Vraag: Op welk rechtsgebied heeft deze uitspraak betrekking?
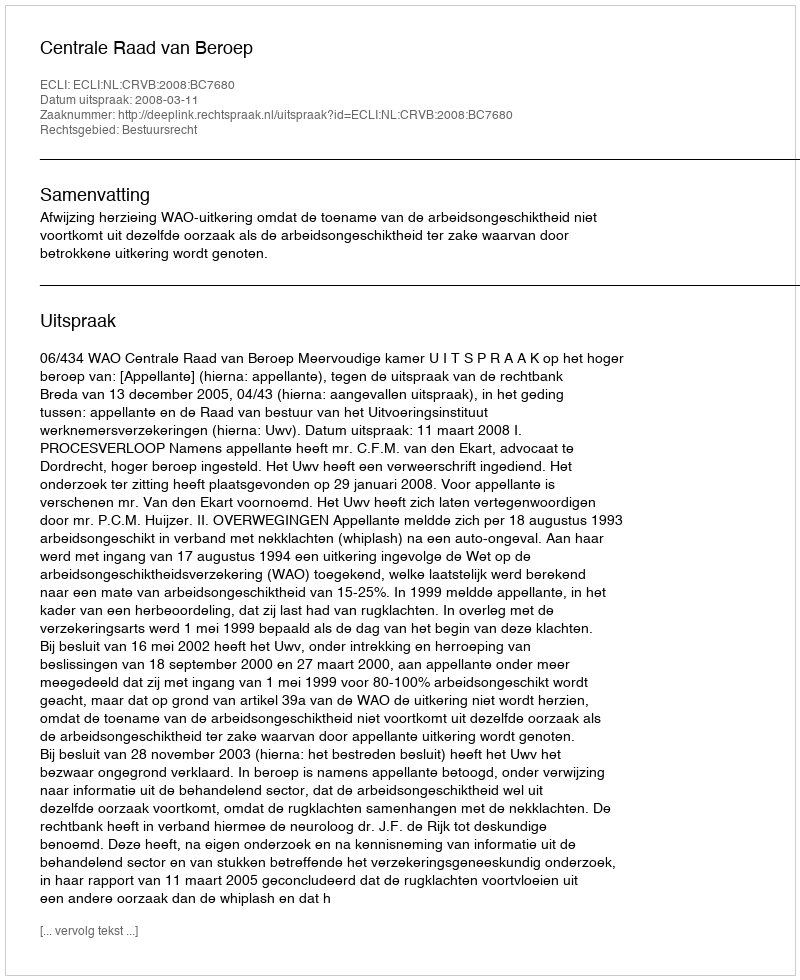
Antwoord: Bestuursrecht